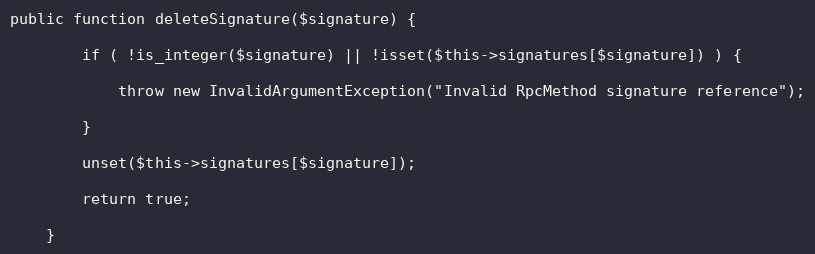
Language: PHP
public function deleteSignature($signature) {

        if ( !is_integer($signature) || !isset($this->signatures[$signature]) ) {

            throw new InvalidArgumentException("Invalid RpcMethod signature reference");

        }

        unset($this->signatures[$signature]);

        return true;

    }